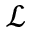
\mathcal { L }